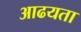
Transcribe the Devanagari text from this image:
आढयता